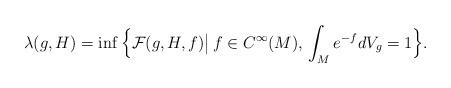
LaTeX: \begin{align*} \lambda(g,H)=\inf\Big\{\mathcal{F}(g,H,f)\big|\, f\in C^\infty(M),\,\int_M e^{-f}dV_g=1\Big \}. \end{align*}